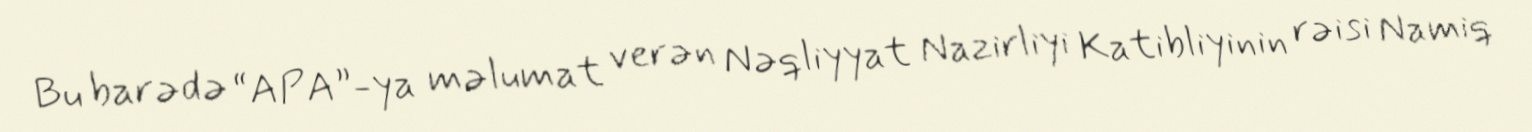
Bu barədə “APA”-ya məlumat verən Nəqliyyat Nazirliyi Katibliyinin rəisi Namiq